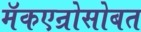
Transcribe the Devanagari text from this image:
मॅकएन्रोसोबत